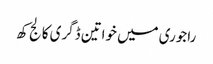
راجوری میں خواتین ڈگری کالج کھ